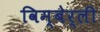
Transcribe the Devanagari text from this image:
विम्बेर्ली